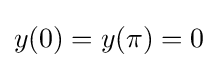
y(0)=y(\pi )=0